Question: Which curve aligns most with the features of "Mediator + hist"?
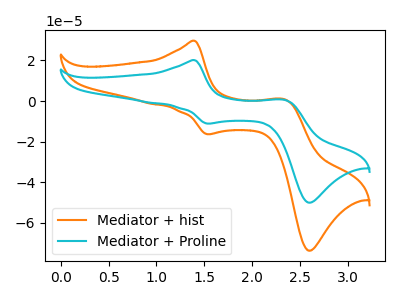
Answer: <think>The orange curve "Mediator + hist" has anodic peaks at (1.40V, 29.65uA) (2.35V, 0.85uA) and cathodic peaks at (1.55V, -16.30uA) (2.60V, -73.65uA). The cyan curve "Mediator + Proline" has anodic peaks at (1.40V, 20.15uA) (2.35V, 0.55uA) and cathodic peaks at (1.55V, -11.10uA) (2.60V, -50.00uA).
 All the peaks in "Mediator + hist" have a peak in "Mediator + Proline" at the same potential. Every peak in "Mediator + hist" is higher than every peak in "Mediator + Proline".</think>
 <answer>The CV with the most similar shape to "Mediator + Proline" is "Mediator + hist".</answer>
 <eval>"Mediator + hist"</eval>